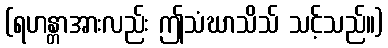
(ရဟန္တာအားလည်း ဤသံဃာသိသ် သင့်သည်။)